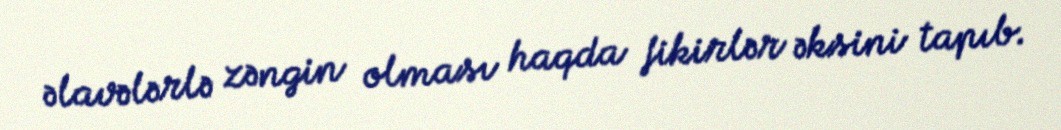
əlavələrlə zəngin olması haqda fikirlər əksini tapıb.